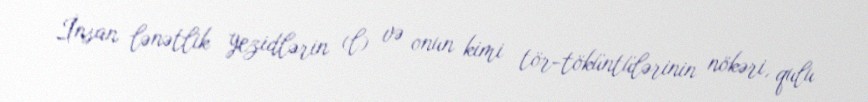
İnsan lənətlik yezidlərin (l) və onun kimi tör-töküntülərinin nökəri, qulu